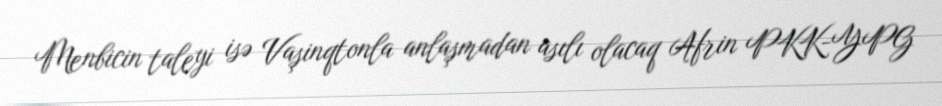
Menbicin taleyi isə Vaşinqtonla anlaşmadan asılı olacaq Afrin PKK-YPG